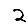
Digit: 2